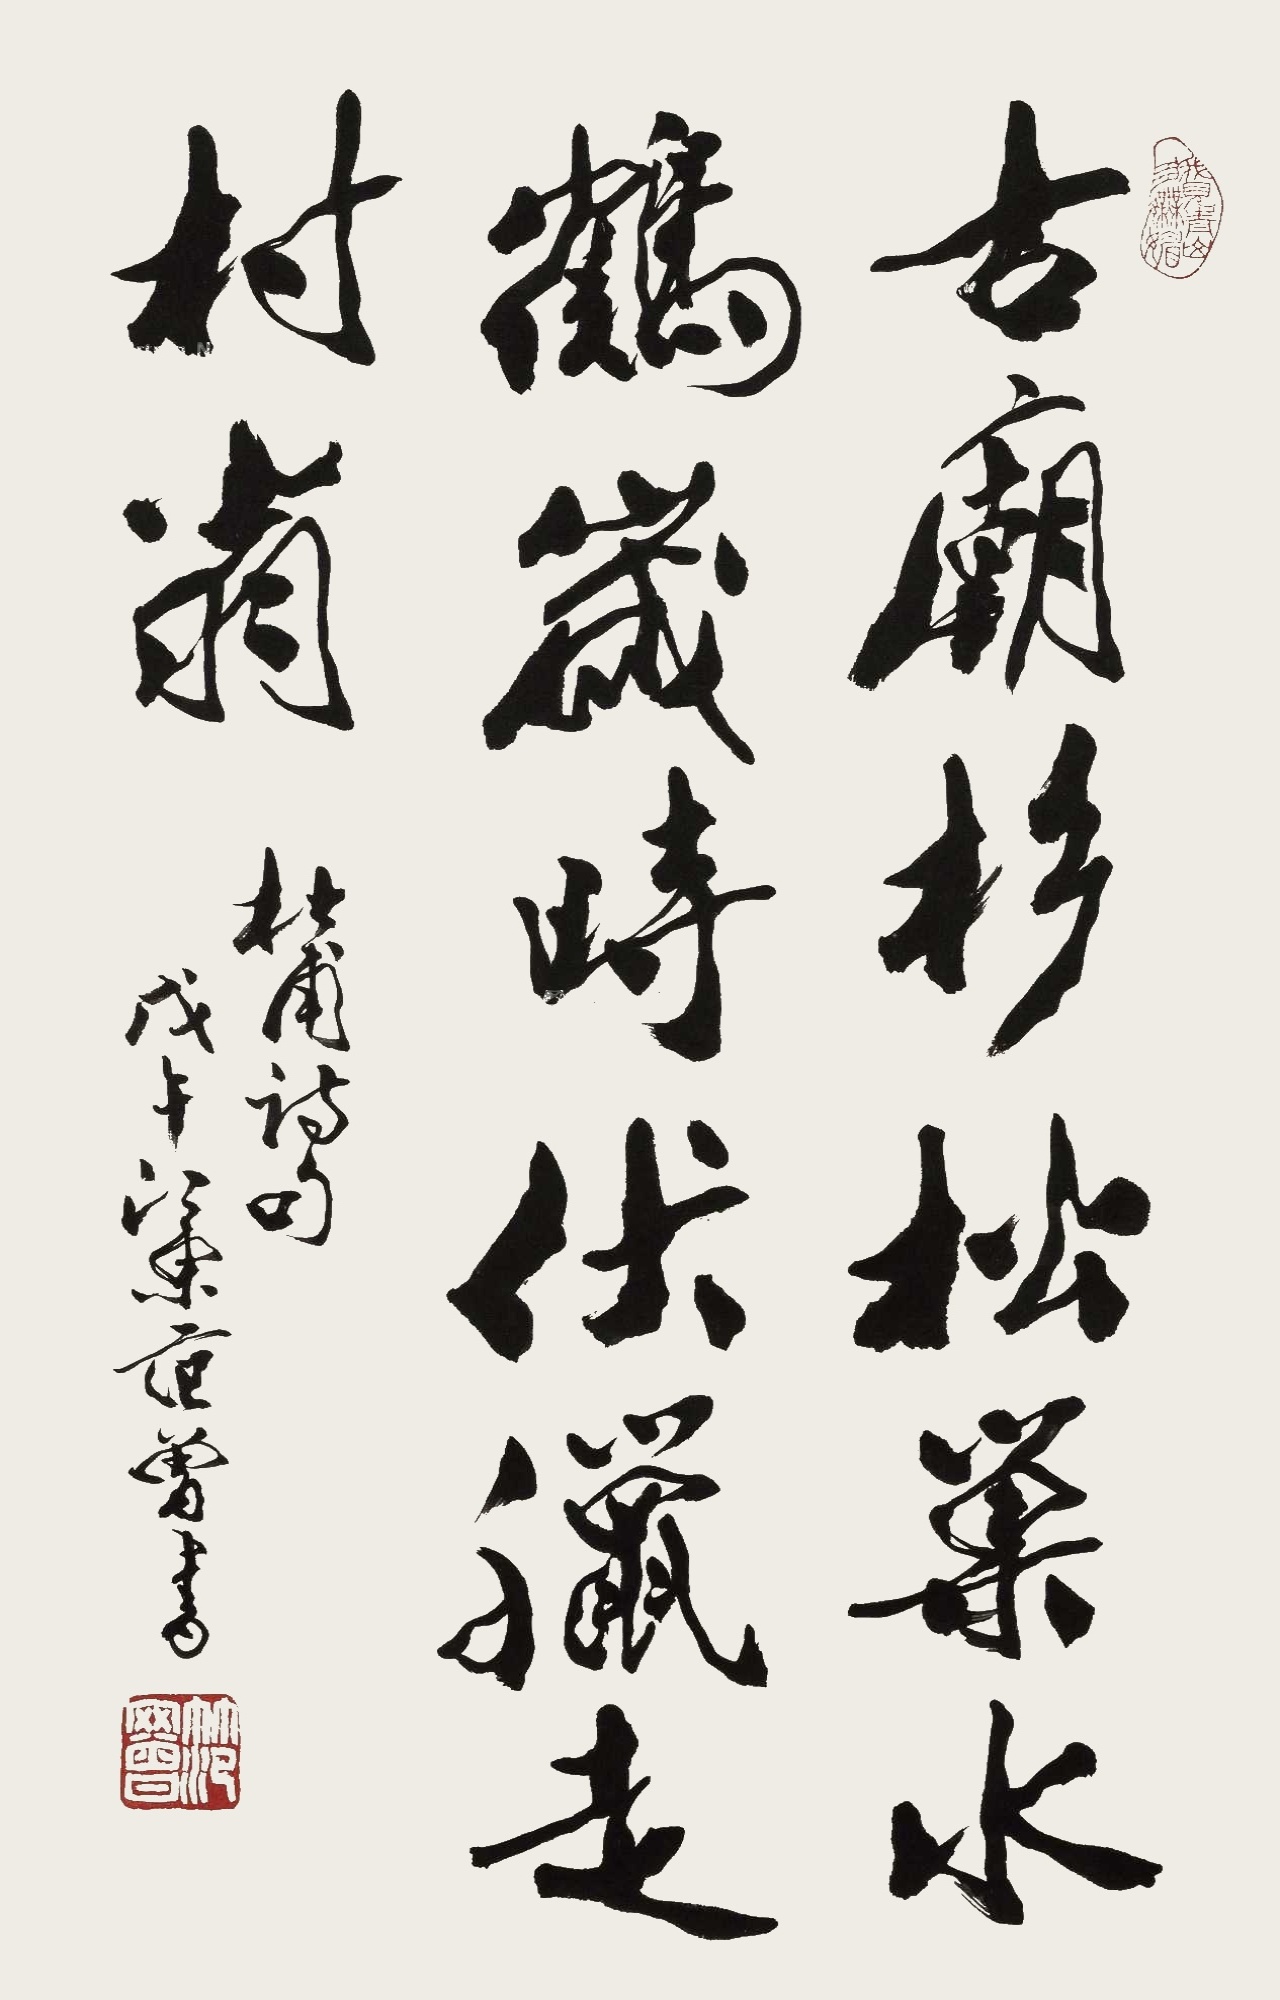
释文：古庙杉松巢水鹤，岁时伏猎走村翁。戊午江东范曾书。